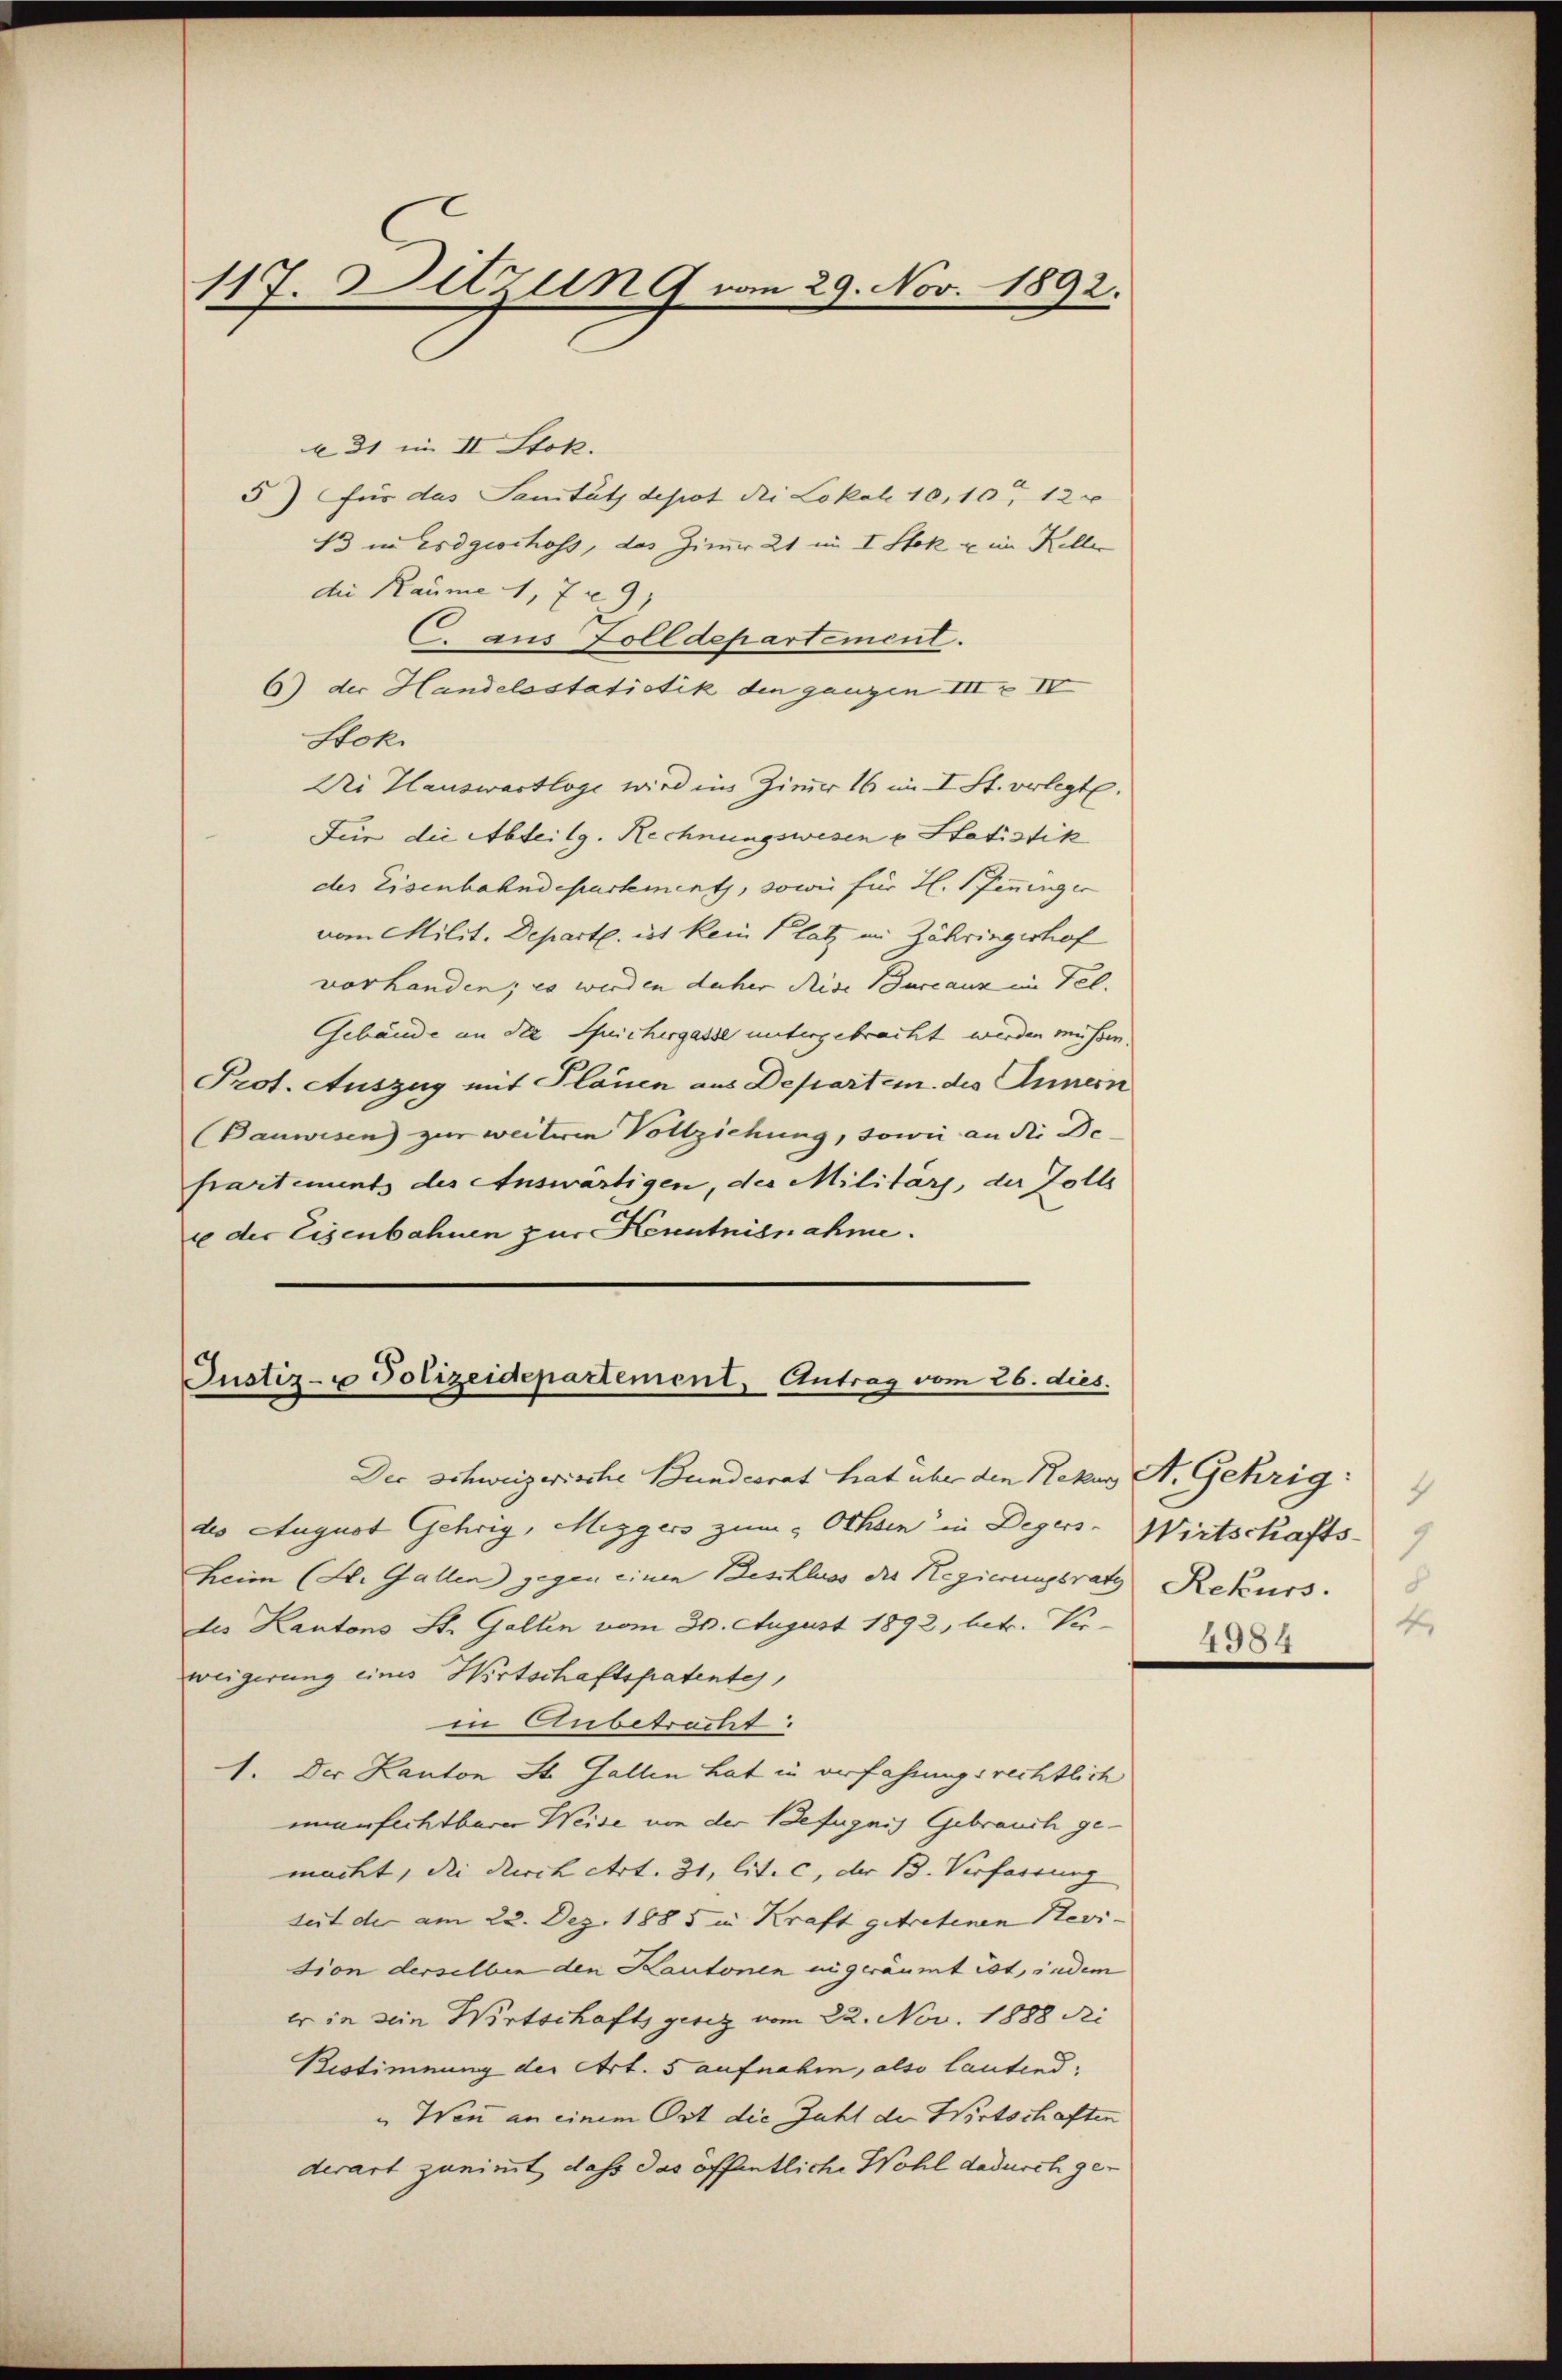
117. Ditzung vom 29. Nov. 1892.

31 im II. Stok.
5) für das Sanität depot die Lokal 10,10 120
13 in Erdgeschofs, das Zimer 21 im I. Stok u im Keller
die Raume 1, 729,
C. aus Zolldepartement.
6) der Handelastatistik den ganzen III IV
Stok
Dri Hauswertloge wird ins Zimer 16 im I. St. verlegt.
Für die Abteilg. Rechnungswesen u Statistik
der Eisenbahndepartement, sowie für H. Pfenninger
vom Milit. Departe. ist kein Platz im Zähringeshof
vorhanden; es werden daher Reise Bureaux im Fel.
Gebäude an die Pflichergasse untergebracht werden müssen.
Prot. Auszug mit Plänen aus Departen des Annern
Bauwesen) zur weiteren Vollziehung, sowie an die De-
partements des Auswärtigen, der Militärs, der Zolls
i der Eisenbahnen zur Kenntnisnahme.

Justiz- u Polizeidepartement. Antrag vom 26. dies.

Der schweizerische Bundesrat hat über den Rekus A. Gehrig
des August Gehrig, Mezgers zum „Ochsen in Degers-Wirtschafts-
heim (St. Gallen gegen einen Beschluss der Regierungsrats Rekurs.
tes Kantons St. Gallen vom 30. August 1892, betr. Verweigerung eines Wirtschaftspatentes
in Anbetracht:
1. Der Kanton St. Gallen hat in verfassungsrechtlich
unanfechtbarer Weise von der Befugnis Gebrauch gemacht, die durch Art. 31, lit. c, der B. Verfarrung
seit der am 22. Dez. 1885 in Kraft getretenen Revi-
tion derselben den Kantonen ingeräumt ist, indem
er in sein Wirtschaftsgesez vom 22. Nov. 1888 Ri
Bestimmung der Art. 5 aufnahm, also lautend,
"Wen an einem Ort die Zahl der Wirtschaften
derart zunimmt, daß das öffentliche Wohl dadurch ge¬

4
1
4.
250